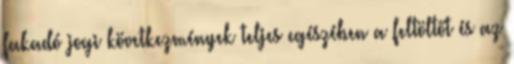
fakadó jogi következmények teljes egészében a feltöltőt és az